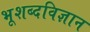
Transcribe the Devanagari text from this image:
भूशब्दविज्ञान